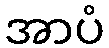
အာပံ